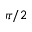
\pi / 2